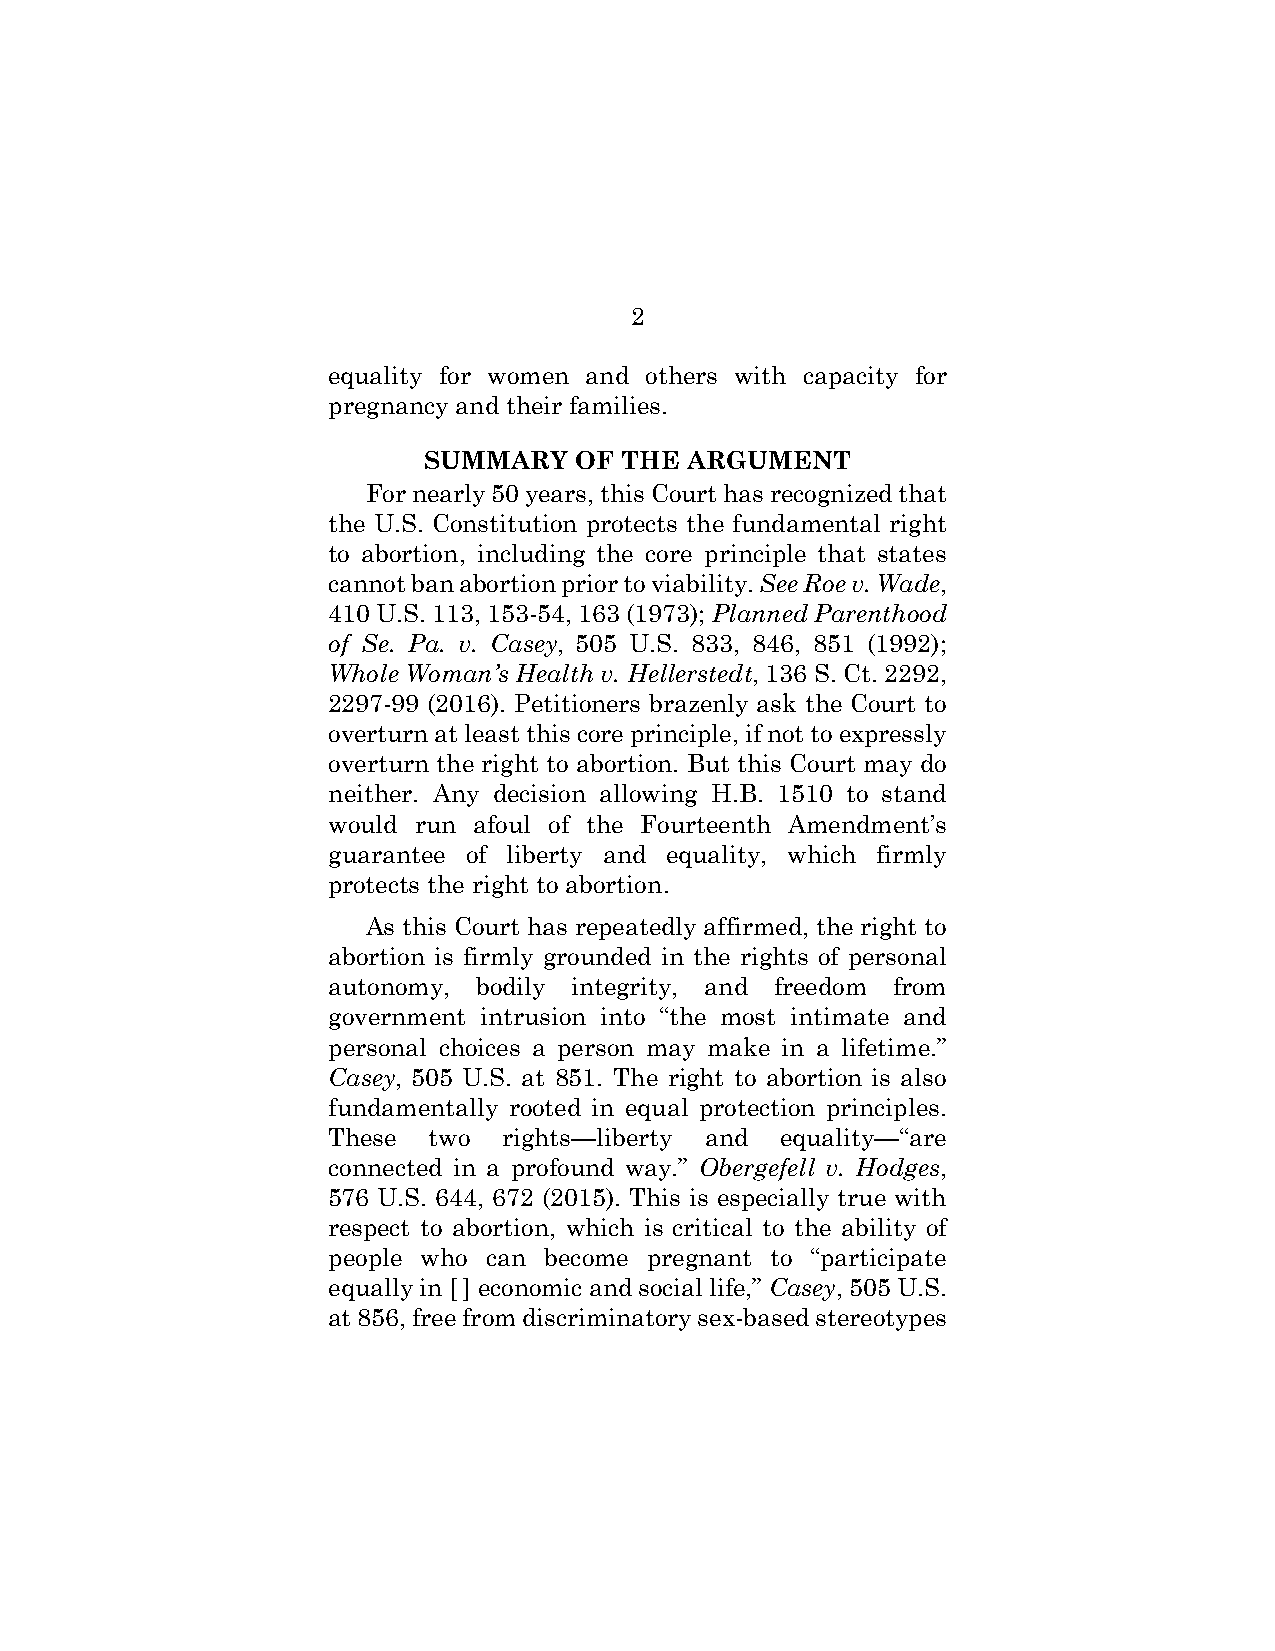
2
 equality for women and others with capacity for
 pregnancy and their families.
 SUMMARY   OF THE  ARGUMENT
 For nearly 50 years, this Court has recognized that
 the U.S. Constitution protects the fundamental right
 to abortion, including the core principle that states
 cannot ban abortion prior to viability. See Roe v. Wade,
 410 U.S. 113, 153-54, 163 (1973); Planned Parenthood
 of Se. Pa. v. Casey, 505 U.S. 833, 846, 851 (1992);
 Whole Woman’s Health v. Hellerstedt, 136 S. Ct. 2292,
 2297-99 (2016). Petitioners brazenly ask the Court to
 overturn at least this core principle, if not to expressly
 overturn the right to abortion. But this Court may do
 neither. Any decision allowing H.B. 1510 to stand
 would run afoul of the Fourteenth Amendment’s
 guarantee of liberty and equality, which firmly
 protects the right to abortion.
 As this Court has repeatedly affirmed, the right to
 abortion is firmly grounded in the rights of personal
 autonomy, bodily integrity, and freedom from
 government intrusion into “the most intimate and
 personal choices a person may make in a lifetime.”
 Casey, 505 U.S. at 851. The right to abortion is also
 fundamentally rooted in equal protection principles.
 These two  rights—liberty and equality—“are
 connected in a profound way.” Obergefell v. Hodges,
 576 U.S. 644, 672 (2015). This is especially true with
 respect to abortion, which is critical to the ability of
 people who can become pregnant to “participate
 equally in [ ] economic and social life,” Casey, 505 U.S.
 at 856, free from discriminatory sex-based stereotypes